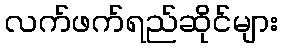
လက်ဖက်ရည်ဆိုင်များ